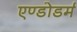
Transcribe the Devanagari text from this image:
एण्डोडर्म